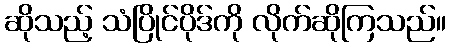
ဆိုသည့် သံပြိုင်ပိုဒ်ကို လိုက်ဆိုကြသည်။